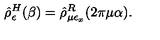
\hat { \rho } _ { \epsilon } ^ { H } ( \beta ) = \hat { \rho } _ { \mu \epsilon _ { x } } ^ { R } ( 2 \pi \mu \alpha ) .